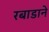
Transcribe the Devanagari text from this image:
रबाडाने